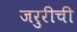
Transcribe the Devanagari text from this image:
जरुरीची